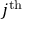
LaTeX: j ^ { \mathrm { t h } }